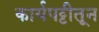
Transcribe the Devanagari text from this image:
कार्यपट्टीतून